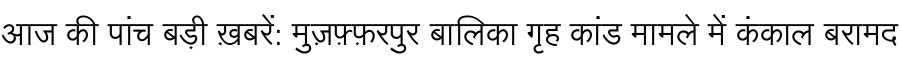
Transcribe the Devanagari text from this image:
आज की पांच बड़ी ख़बरें: मुज़फ़्फ़रपुर बालिका गृह कांड मामले में कंकाल बरामद